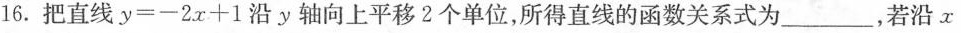
16.把直线$$y = - 2 x + 1$$沿y轴向上平移2个单位，所得直线的函数关系式为___，若沿x